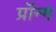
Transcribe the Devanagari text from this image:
प्रॉन्ग